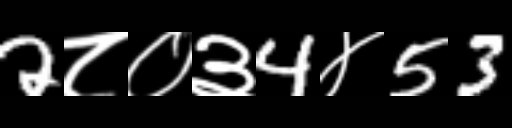
Text: 2८०३4४53